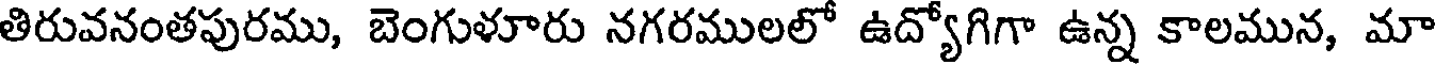
తిరువనంతపురము, బెంగుళూరు నగరములలో ఉద్యోగిగా ఉన్న కాలమున, మా